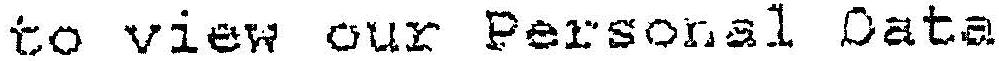
TO VIEW OUR PERSONAL DATA